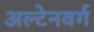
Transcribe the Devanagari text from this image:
अल्टेनवर्ग